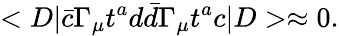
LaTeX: <D\vert\bar{c}\Gamma_{\mu}t^{a}d\bar{d}\Gamma_{\mu}t^{a}c\vert D>\approx 0.